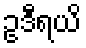
ဥဒီရယိ